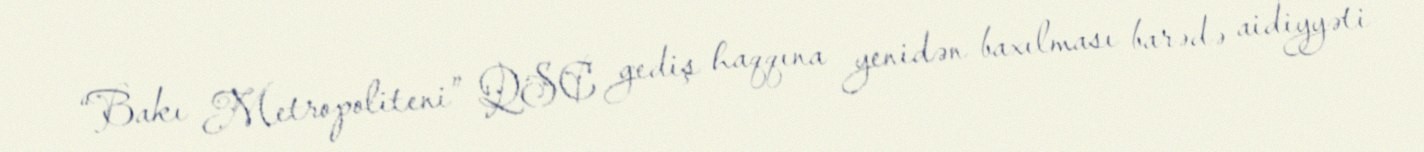
“Bakı Metropoliteni” QSC gediş haqqına yenidən baxılması barədə aidiyyəti